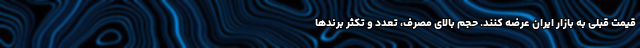
قیمت قبلی به بازار ایران عرضه کنند. حجم بالای مصرف، تعدد و تکثر برندها